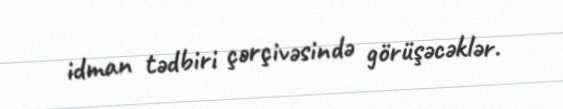
idman tədbiri çərçivəsində görüşəcəklər.